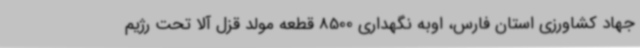
جهاد کشاورزی استان فارس، اوبه نگهداری 8500 قطعه مولد قزل آلا تحت رژیم